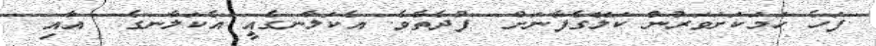
ފަހެ ހަމަކަށަވަރުން ކަލޭގެފާނަށް  ފުދެތެވެ. އެކަލާނގެއީ އެކަލާނގެ  އާއި